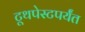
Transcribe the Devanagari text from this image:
टूथपेस्टपर्यंत